Annual statistical returns and brief notes on vaccination in Bengal - 1887-1898
Year: 1887
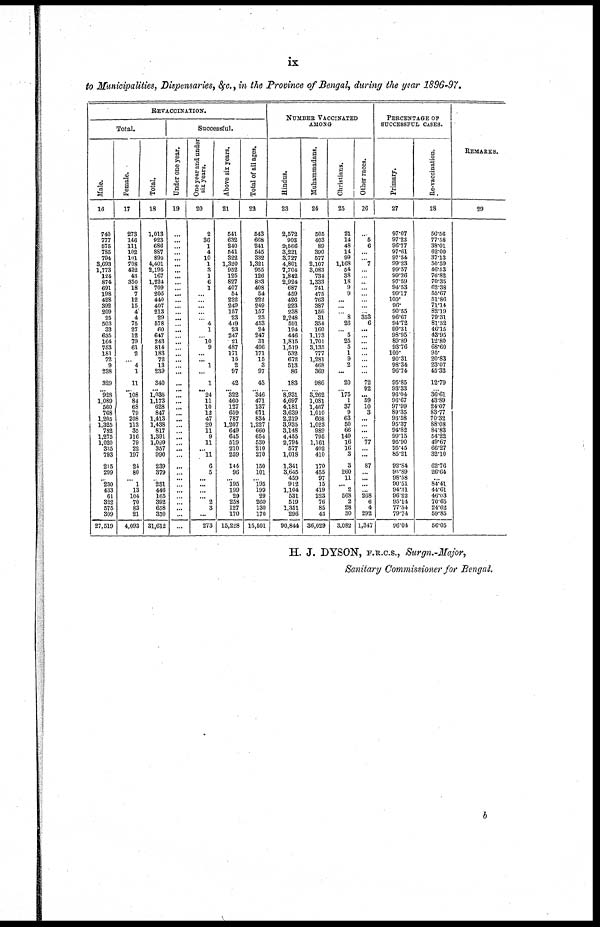
ix
to Municipalities, Dispensaries, &c., in the Province of Bengal, during the year 1896-97.
REVACCINATION.
Total.
Male.
16
740
777
675
785
794
3,693
1,773
124
874
691
198
428
392
209
25
503
33
635
164
753
181
72
9
238
329
... 928
1,089
560
768
1,205
1,325
782
1,275
1,020
335
793
215
299
... 230
433
61
322
575
309
27,519
Female.
17
273
146
111
102
101
708
422
43
350
18
7
12
15
4
4
75
27
12
79
61
2
... 4
1
11
... 108
84
68
79
208
113
35
116
79
22
197
24
80
... 1
13
104
70
83
21
4,093
Total.
18
1,013
923
686
887
895
4,401
2,195
167
1,224
709
205
440
407
213
29
578
60
647
243
814
183
72
13
239
340
... 1,036
1,173
628
847
1,413
1,438
817
1,391
1,099
357
990
239
379
... 231
446
165
392
658
330
31,612
Successful.
Under one year.
19
...
...
...
...
...
...
...
...
...
...
...
...
...
...
...
...
...
...
...
...
...
...
...
...
...
...
...
...
...
...
...
...
...
...
...
...
...
...
...
...
...
...
...
...
...
...
...
One year and under
six years.
20
2
36
1
4
10
1
3
1
6
1
...
...
...
...
... 4
1
... 10
9
...
... 1
...
1
... 24
11
10
12
47
20
11
9
11
... 11
6
5
... ...
... ... 2
3
...
273
Above six years.
21
541
632
240
541
322
1,320
952
125
827
407
54
222
249
157
23
449
23
247
21
487
171
15
2
97
42
... 322
460
127
659
787
1,207
649
645
519
210
259
144
96
... 195
199
29
258
127
170
15,228
Total of all ages.
22
543
668
241
545
332
1,321
955
126
833
408
54
222
249
157
23
453
24
247
31
496
171
15
3
97
43
... 346
471
137
671
834
1,227
660
654
530
210
270
150
101
... 195
199
29
260
130
170
15,501
NUMBER VACCINATED
AMONG
Hindus.
23
2,572
903
2,566
3,221
3,727
4,801
7,704
1,842
2,924
687
459
426
223
238
2,248
591
194
446
1,815
1,519
532
672
513
86
183
... 8,931
4,697
4,181
3,639
2,219
3,935
3,148
4,455
2,794
577
1,018
1,341
3,645
459
912
1,104
531
519
1,351
296
90,844
Muhammadans.
24
505
403
89
390
577
2,107
3,083
734
1,333
741
475
763
387
156
31
354
160
1,173
1,701
3,135
777
1,281
468
369
986
... 3,262
1,081
1,467
1,010
668
1,023
989
795
1,161
402
410
170
455
97
15
419
223
76
85
43
36,029
Christians.
25
21
14
48
14
99
1,168
54
38
18
9
9
...
...
... 8
26
... 5
25
5
1
9
2
...
20
... 175
1
37
9
63
50
66
149
16
16
3
3
260
11
... 2
568
2
28
30
3,082
Other races.
26
...
5
6
...
... 7
...
...
...
...
...
...
...
... 353
6
...
...
...
...
...
...
...
...
72
92
... 59
10
3
...
...
...
... 77
...
...
87
...
...
...
... 268
6
4
292
1,347
PERCENTAGE OF
SUCCESSFUL CASES.
Primary.
27
97.07
97.23
96.77
97.61
97.54
99.23
99.57
99.26
97.59
94.53
99.17
100.
96.
90.55
96.67
94.72
99.31
98.95
89.89
93.76
100.
90.31
98.34
96.74
95.85
93.33
96.04
96.67
97.99
89.35
93.58
95.37
94.82
99.15
95.90
95.45
85.21
92.84
90.89
98.58
90.51
94.31
96.22
95.14
77.54
79.74
96.04
Re-vaccination.
28
56.56
77.58
38.01
62.00
37.13
50.59
46.93
76.82
70.35
62.38
55.67
51.86
71.14
82.19
79.31
81.32
46.15
43.95
12.80
68.60
95.
20.83
23.07
45.32
12.79
... 36.61
43.89
24.07
83.77
70.32
88.08
84.83
54.22
49.67
66.27
32.10
62.76
26.64
...
84.41
44.61
46.03
70.65
24.62
59.85
56.05
REMARKS.
29
H. J. DYSON, F.R.C.S., Surgn.-Major,
Sanitary Commissioner for Bengal.
b